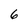
Character: 6